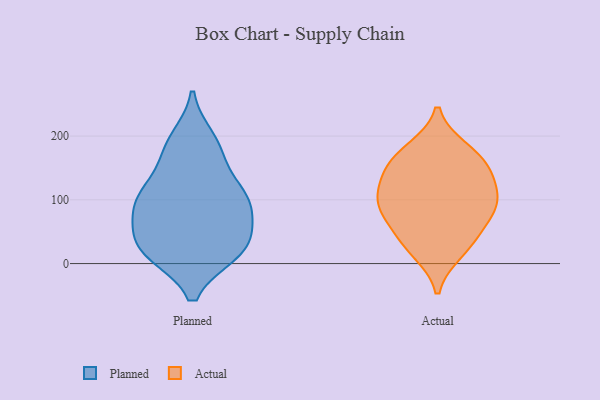
{"axis": {"x": "Churn Rate (%)", "y": "Value"}, "legend": ["Actual", "Planned"], "data": [{"x": "", "y": 109, "type": "Planned"}, {"x": "", "y": 108, "type": "Planned"}, {"x": "", "y": 17, "type": "Planned"}, {"x": "", "y": 171, "type": "Planned"}, {"x": "", "y": 106, "type": "Planned"}, {"x": "", "y": 108, "type": "Planned"}, {"x": "", "y": 22, "type": "Planned"}, {"x": "", "y": 89, "type": "Planned"}, {"x": "", "y": 180, "type": "Planned"}, {"x": "", "y": 195, "type": "Planned"}, {"x": "", "y": 17, "type": "Planned"}, {"x": "", "y": 65, "type": "Planned"}, {"x": "", "y": 21, "type": "Planned"}, {"x": "", "y": 32, "type": "Planned"}, {"x": "", "y": 63, "type": "Planned"}, {"x": "", "y": 179, "type": "Actual"}, {"x": "", "y": 30, "type": "Actual"}, {"x": "", "y": 105, "type": "Actual"}, {"x": "", "y": 140, "type": "Actual"}, {"x": "", "y": 140, "type": "Actual"}, {"x": "", "y": 92, "type": "Actual"}, {"x": "", "y": 47, "type": "Actual"}, {"x": "", "y": 92, "type": "Actual"}, {"x": "", "y": 19, "type": "Actual"}, {"x": "", "y": 153, "type": "Actual"}, {"x": "", "y": 172, "type": "Actual"}, {"x": "", "y": 98, "type": "Actual"}, {"x": "", "y": 74, "type": "Actual"}]}